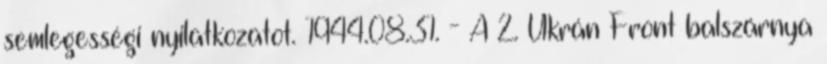
semlegességi nyilatkozatot. 1944.08.31. - A 2. Ukrán Front balszárnya